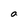
Character: a